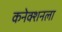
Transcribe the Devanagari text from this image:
कनेक्शनला